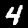
Digit: 4